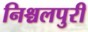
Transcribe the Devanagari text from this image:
निश्चलपुरी